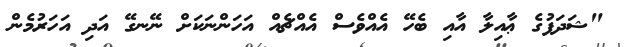
"ޝަދަފުގެ ޢާއިލާ އާއި ބެހޭ އެއްވެސް އެއްޗެއް އަހަންނަކަށް ނޭނގޭ އަދި އަހަރުމެން